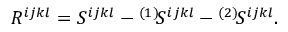
R ^ { i j k l } = S ^ { i j k l } - { } ^ { ( 1 ) } \! S ^ { i j k l } - { } ^ { ( 2 ) } \! S ^ { i j k l } .